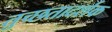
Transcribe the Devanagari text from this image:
तुच्छतादर्शक